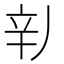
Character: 𲅄